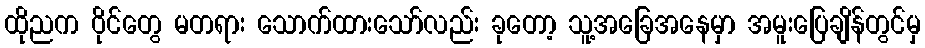
ထိုညက ဝိုင်တွေ မတရား သောက်ထားသော်လည်း ခုတော့ သူ့အခြေအနေမှာ အမူးပြေချိန်တွင်မှ